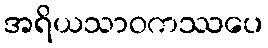
အရိယသာဝကဿပေ